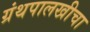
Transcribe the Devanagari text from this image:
ग्रंथपालखीचा